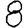
Digit: 8